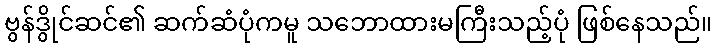
ဗွန်ဒွိုင်ဆင်၏ ဆက်ဆံပုံကမူ သဘောထားမကြီးသည့်ပုံ ဖြစ်နေသည်။